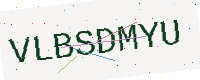
Text: VLBSDMYU